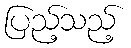
ပြည့်သည့်